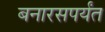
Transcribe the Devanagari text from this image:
बनारसपर्यंत